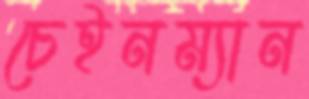
চেইনম্যান